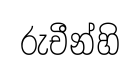
රුචීන්හි